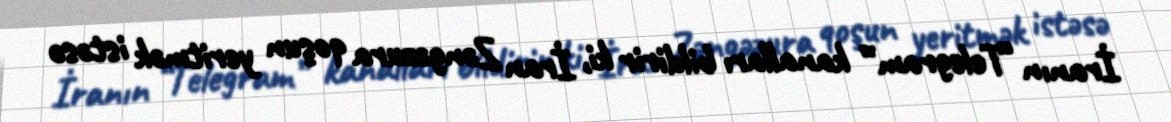
İranın “Telegram” kanalları bildirir ki, İran Zəngəzura qoşun yeritmək istəsə